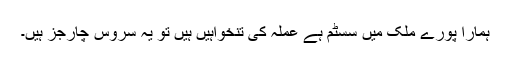
ہمارا پورے ملک میں سسٹم ہے عملہ کی تنخواہیں ہیں تو یہ سروس چارجز ہیں۔